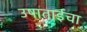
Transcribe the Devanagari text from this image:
उषाताईचा